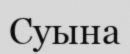
Суына